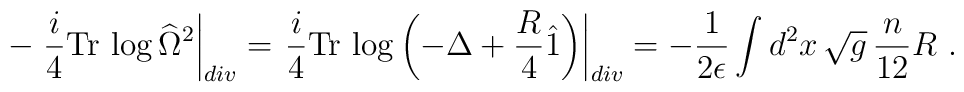
-\left. \frac{i}{4}\mbox{Tr}\,\log\widehat{\Omega}^2\right|_{div}=\left.\frac{i}{4} \mbox{Tr}\,\log\left(-\Delta+{R\over 4}                                       \hat1\right)\right|_{div}=         -{1\over 2\epsilon}\int d^2x\, \sqrt{g} \,  {n\over12}R \ .